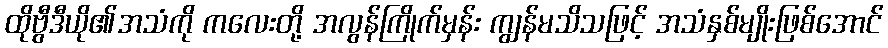
ထိုဗွီဒီယို၏အသံကို ကလေးတို့ အလွန်ကြိုက်မှန်း ကျွန်မသိသဖြင့် အသံနှစ်မျိုးဖြစ်အောင်